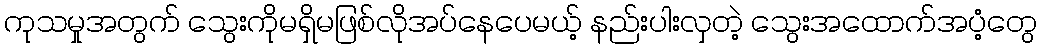
ကုသမှုအတွက် သွေးကိုမရှိမဖြစ်လိုအပ်နေပေမယ့် နည်းပါးလှတဲ့ သွေးအထောက်အပံ့တွေ